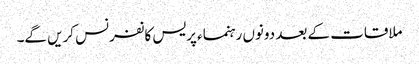
ملاقات کے بعد دونوں رہنماء پریس کانفرنس کریں گے۔